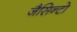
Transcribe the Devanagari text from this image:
जैसिन्टो